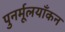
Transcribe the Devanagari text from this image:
पुनर्मूलयाँकन